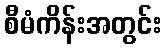
စီမံကိန်းအတွင်း